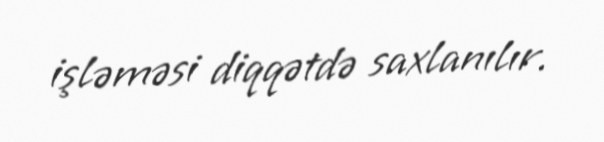
işləməsi diqqətdə saxlanılır.